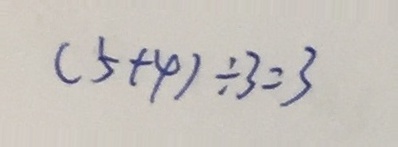
( 5 + 4 ) \div 3 = 3